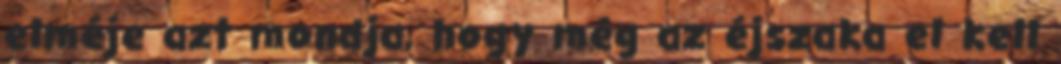
elméje azt mondja, hogy még az éjszaka el kell